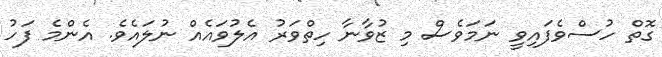
ގޮތް ހުސްވެފައިވީ ނަމަވެސް މި ޒުވާނާ ހިތްވަރު އެލުވައެއް ނުލައެވެ. އެންމެ ފަހު